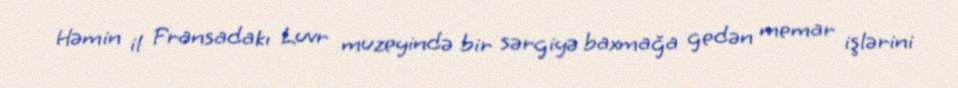
Həmin il Fransadakı Luvr muzeyində bir sərgiyə baxmağa gedən memar işlərini